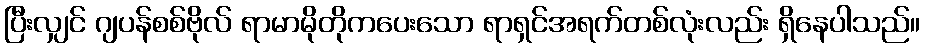
ပြီးလျှင် ဂျပန်စစ်ဗိုလ် ရာမာမိုတိုကပေးသော ရာရှင်အရက်တစ်လုံးလည်း ရှိနေပါသည်။